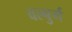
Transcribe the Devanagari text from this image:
वल्बुर्ग